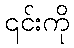
၎င်းကို